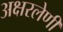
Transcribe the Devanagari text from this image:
अक्षरलेणी